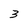
Character: 3